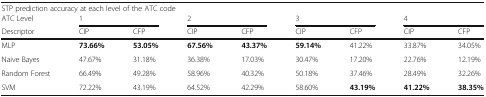
| <COLSPAN=9> STP prediction accuracy at each level of the ATC code |
 | ATC Level | <COLSPAN=2> 1 | <COLSPAN=2> 2 | <COLSPAN=2> 3 | <COLSPAN=2> 4 |
 | Descriptor | CIP | CFP | CIP | CFP | CIP | CFP | CIP | CFP |
 | --- | --- | --- | --- | --- | --- | --- | --- | --- |
 | MLP | 73.66% | 53.05% | 67.56% | 43.37% | 59.14% | 41.22% | 33.87% | 34.05% |
 | Naive Bayes | 47.67% | 31.18% | 36.38% | 17.03% | 30.47% | 17.20% | 22.76% | 12.19% |
 | Random Forest | 66.49% | 49.28% | 58.96% | 40.32% | 50.18% | 37.46% | 28.49% | 32.26% |
 | SVM | 72.22% | 43.19% | 64.52% | 42.29% | 58.60% | 43.19% | 41.22% | 38.35% |